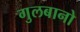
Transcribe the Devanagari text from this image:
गुलबानो